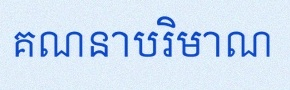
គណនាបរិមាណ